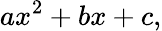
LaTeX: ax^{2}+bx+c,